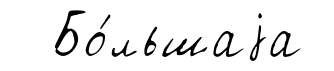
Бо́льшаjа